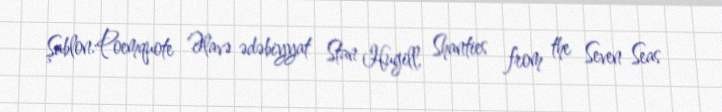
Şablon:Poemquote Əlavə ədəbiyyat Stan Hugill, Shanties from the Seven Seas